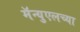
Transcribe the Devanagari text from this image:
मॅन्युएलच्या